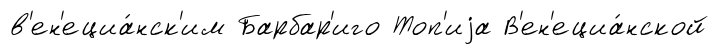
в'ен'ециа́нск'им Барбар'иго Топ'иjа В'ен'ециа́нской